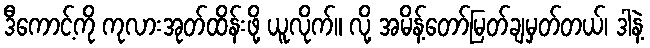
ဒီကောင့်ကို ကုလားအုတ်ထိန်းဖို့ ယူလိုက်။ လို့ အမိန့်တော်မြတ်ချမှတ်တယ်၊ ဒါနဲ့